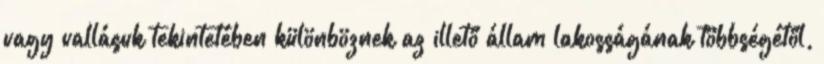
vagy vallásuk tekintetében különböznek az illető állam lakosságának többségétől,